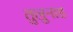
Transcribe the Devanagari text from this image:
तुलुनाड